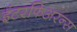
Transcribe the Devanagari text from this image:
इंटरफिअरन्स